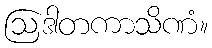
ဩဒါတကာသိဏံ။